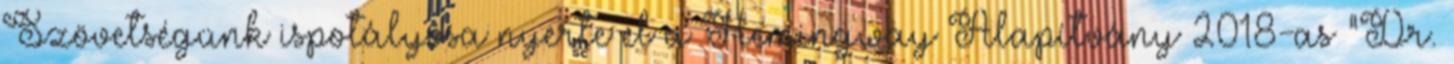
Szövetségünk ispotályosa nyerte el a Hemingway Alapítvány 2018-as "Dr.